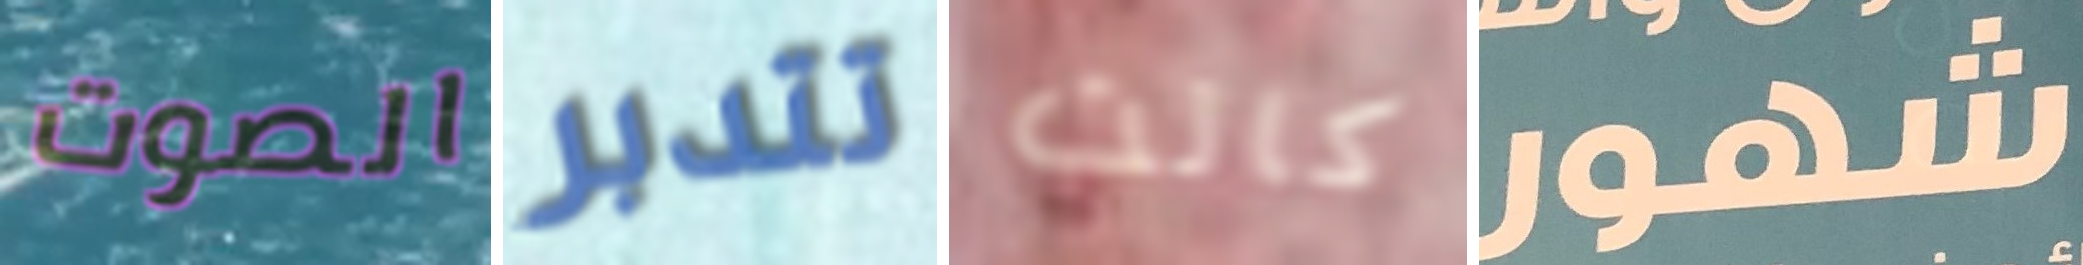
الصوت تتدبر كانت شهور